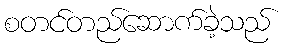
စတင်တည်ဆောက်ခဲ့သည်